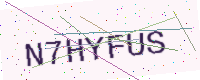
Text: N7HYFUS